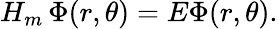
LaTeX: H_{m}\, \Phi(r,\theta)=E\Phi(r,\theta).